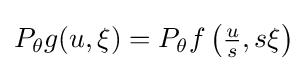
P_{\theta }g(u,\xi )=P_{\theta }f\left({\tfrac {u}{s}},s\xi \right)